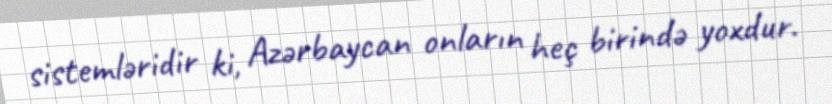
sistemləridir ki, Azərbaycan onların heç birində yoxdur.